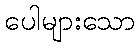
ပေါများသော